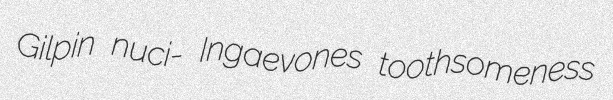
Gilpin nuci- Ingaevones toothsomeness